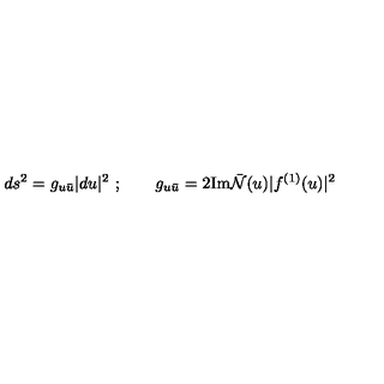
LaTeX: d s ^ { 2 } = g _ { u { \bar { u } } } | d u | ^ { 2 } \ ; \qquad g _ { u { \bar { u } } } = 2 \mathrm { I m } { \bar { \cal N } } ( u ) | f ^ { ( 1 ) } ( u ) | ^ { 2 } \,